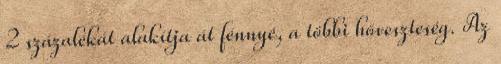
2 százalékát alakítja át fénnyé, a többi hőveszteség. Az